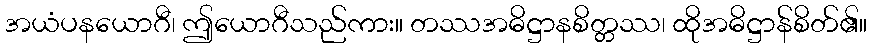
အယံပနယောဂီ၊ ဤယောဂီသည်ကား။ တဿအဓိဋ္ဌာနစိတ္တဿ၊ ထိုအဓိဋ္ဌာန်စိတ်၏။